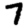
Digit: 7